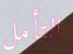
التأمل